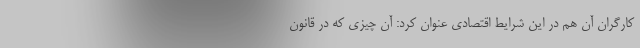
کارگران آن هم در این شرایط اقتصادی عنوان کرد: آن چیزی که در قانون